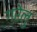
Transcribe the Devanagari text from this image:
गरेलु